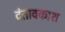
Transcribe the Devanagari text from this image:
दंतावकाश